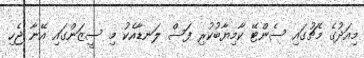
މިއަދުގެ މެޗުގައި ސެންޓޭ ކާމިޔާބުކުރި ފަސް ލަނޑާއެކު މި ސީޒަންގައި އޭނާ ޖެހި